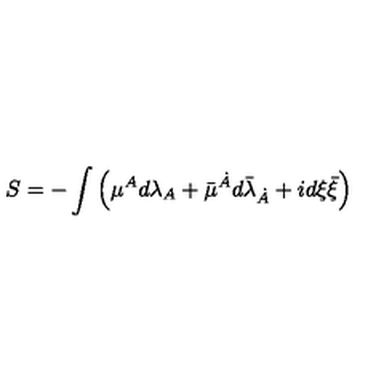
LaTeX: S = - \int \left( { \mu } { } ^ { A } d \lambda _ { A } + \bar { \mu } { } ^ { \dot { A } } d { \bar { \lambda } } _ { \dot { A } } + i d { \xi } \bar { \xi } \right)